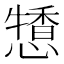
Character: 𢢹